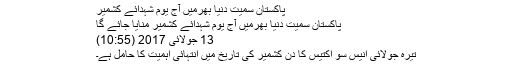
پاکستان سمیت دنیا بھرمیں آج یوم شہدائے کشمیر
پاکستان سمیت دنیا بھرمیں آج یوم شہدائے کشمیر منایا جائے گا
13 جولائی 2017 (10:55)
تیرہ جولائی انیس سو اکتیس کا دن کشمیر کی تاریخ میں انتہائی اہمیت کا حامل ہے۔